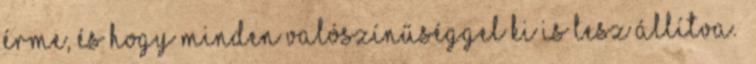
érme, és hogy minden valószínűséggel ki is lesz állítva.”